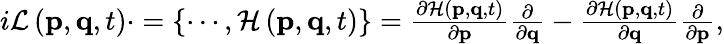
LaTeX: \begin{array}{r}{i\mathcal{L}\left(\mathbf{p},\mathbf{q},t\right)\cdot=\left\lbrace\cdots,\mathcal{H}\left(\mathbf{p},\mathbf{q},t\right)\right\rbrace=\frac{\partial\mathcal{H}\left(\mathbf{p},\mathbf{q},t\right)}{\partial\mathbf{p}}\frac{\partial}{\partial\mathbf{q}}-\frac{\partial\mathcal{H}\left(\mathbf{p},\mathbf{q},t\right)}{\partial\mathbf{q}}\frac{\partial}{\partial\mathbf{p}},}\end{array}